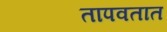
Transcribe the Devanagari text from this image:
तापवतात